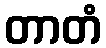
တာတံ